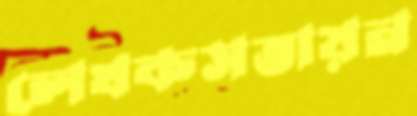
লেখকসভায়ন